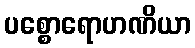
ပစ္စောရောဟဏိယာ